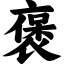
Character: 褒